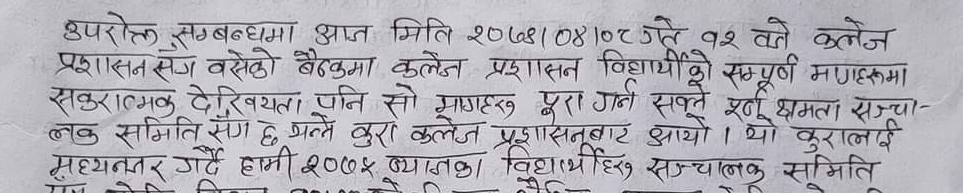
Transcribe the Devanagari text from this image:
उपरोक्त सम्बन्धमा आज मिति २०७४।०४।०२ गते १२ बजे कलेज प्रशासनसंग बसेको बैठकमा कलेज प्रशासन विधार्थीको सम्पूर्ण मागहरुमा सकारात्मक देखियता पनि सो मागहरु पुरा गर्न सक्ने पूर्ण क्षमता सञ्चालक समिति संग छ भन्ने कुरा कलेज प्रशासनबाट आयो। यो कुरालाई मध्यनजर गर्दै हामी २००५ ब्याचका विद्यार्थीहरु सञ्चालक समिति